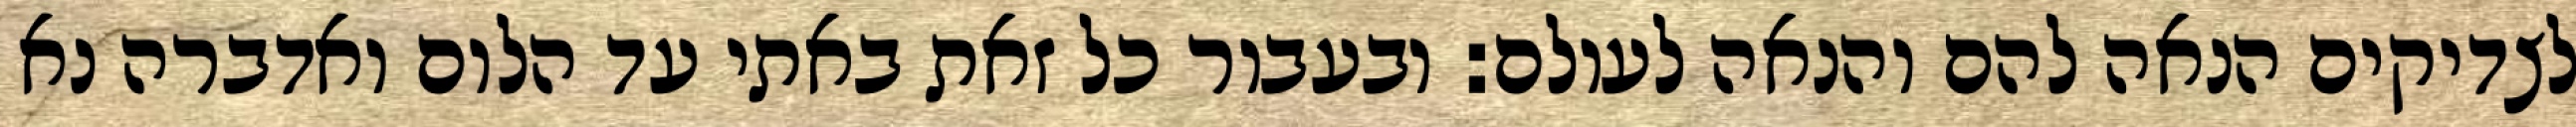
לצדיקים הנאה להם והנאה לעולם: ובעבור כל זאת באתי עד הלום ואדברה נא